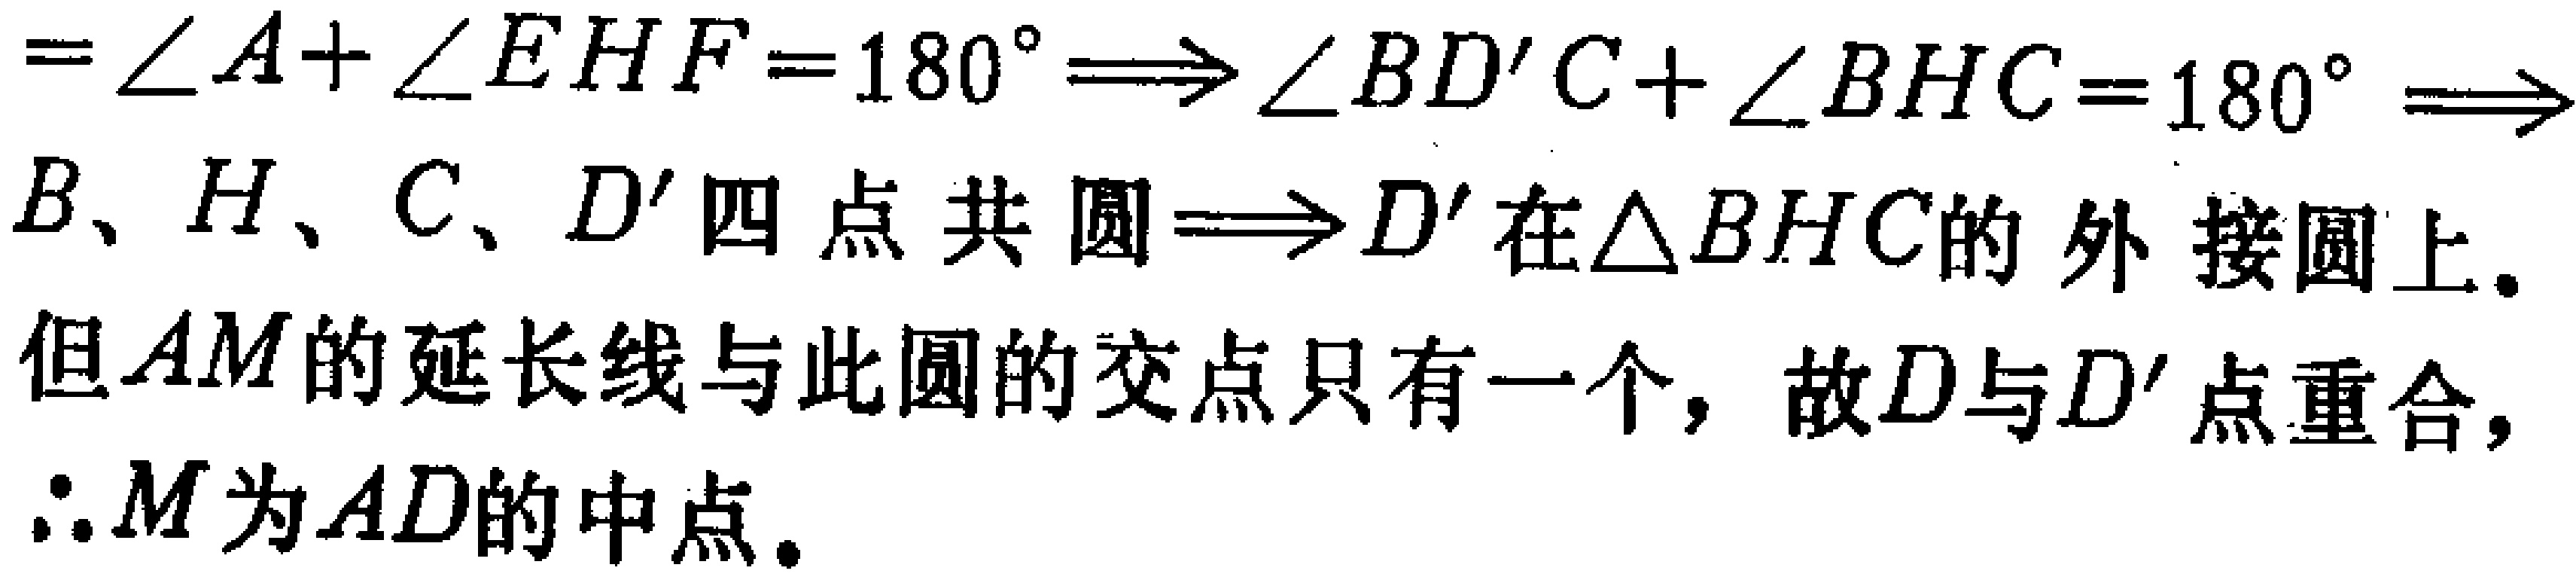
$=\angle A+\angle EHF = 180^{\circ}\Longrightarrow\angle BD'C+\angle BHC = 180^{\circ}\Longrightarrow B、H、C、D'四点共圆\Longrightarrow D'在\triangle BHC的外接圆上. 但AM的延长线与此圆的交点只有一个，故D与D'点重合，\therefore M为AD的中点.$